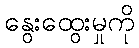
နွေးထွေးမှုကို